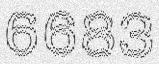
6683